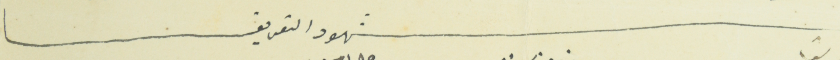
شهود التعريف